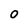
Character: 0